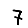
Digit: 7